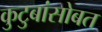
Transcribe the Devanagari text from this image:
कुटुबांसोबत